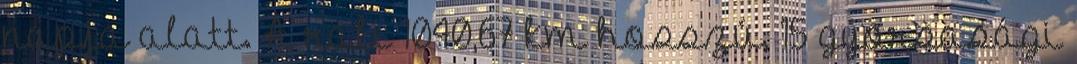
napja alatt. A rali 1040,67 km hosszú, 15 gyorsasági